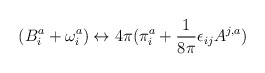
\begin{align*}(B^{a}_{i} + \omega^{a}_{i}) \leftrightarrow 4\pi(\pi^{a}_{i} +\frac{1}{8\pi} \epsilon_{ij}A^{j,a}) \end{align*}